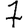
Digit: 7